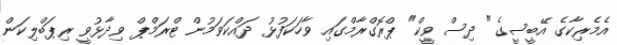
އެމެރިކާގެ އޭބީސީގެ "ދިސް ވީކް" ޕްރޮގްރާމްގައި ވާހަކަފުޅު ދައްކަވަމުން ޓްރަމްޕް ވިދާޅުވީ ރިޕަބްލިކަން